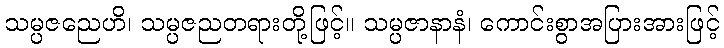
သမ္ပဇညေဟိ၊ သမ္ပဇညတရားတို့ဖြင့်။ သမ္ပဇာနာနံ၊ ကောင်းစွာအပြားအားဖြင့်